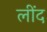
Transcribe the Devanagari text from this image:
लींद